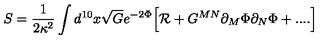
S = { \frac { 1 } { 2 \kappa ^ { 2 } } } \int d ^ { 1 0 } x \sqrt { G } e ^ { - 2 \Phi } \Big [ { \cal R } + G ^ { M N } \partial _ { M } \Phi \partial _ { N } \Phi + . . . . \Big ]